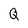
Character: Q